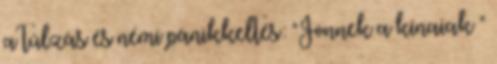
a túlzás és némi pánikkeltés: "Jönnek a kínaiak "